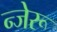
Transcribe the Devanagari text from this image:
न्जेरू